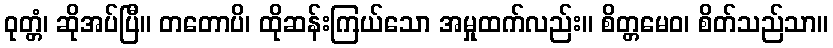
ဝုတ္တံ၊ ဆိုအပ်ပြီ။ တတောပိ၊ ထိုဆန်းကြယ်သော အမှုထက်လည်း။ စိတ္တမေဝ၊ စိတ်သည်သာ။